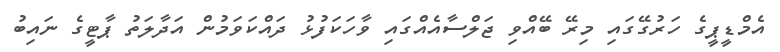
އެމްޑީޕީގެ ހަރުގޭގައި މިރޭ ބޭއްވި ޖަލްސާއެއްގައި ވާހަކަފުޅު ދައްކަވަމުން އަދާލަތު ޕާޓީގެ ނައިބު